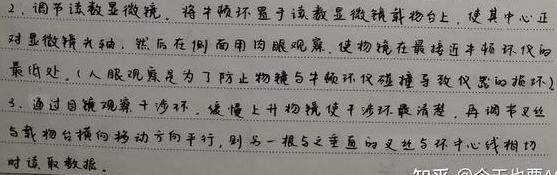
2. 调节该显微镜，将牛顿环置于该显微镜载物台上，使其中心正对显微镜光轴，然后在侧面用肉眼观察，使物镜在最接近牛顿环仪的最远处。（人眼观察是为了防止物镜与牛顿环仪碰撞导致仪器的损坏）
3. 通过目镜观察干涉环，缓慢上升物镜使干涉环最清楚，再调节叉丝与载物台横向移动方向平行，用另一根与之垂直的叉丝对干涉环中间读数，同时读取数据。